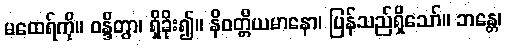
မထေရ်ကို။ ဝန္ဒိတွာ၊ ရှိခိုး၍။ နိဝတ္တိယမာနော၊ ပြန်သည်ရှိသော်။ ဘန္တေ၊